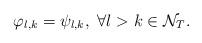
LaTeX: \begin{align*}\varphi_{l,k}=\psi_{l,k}, \ \forall l>k\in\mathcal {N}_T.\end{align*}